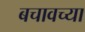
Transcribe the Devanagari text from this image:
बचावच्या